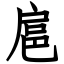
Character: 扈